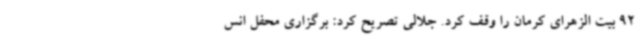
92 بیت الزهرای کرمان را وقف کرد. جلالی تصریح کرد: برگزاری محفل انس